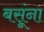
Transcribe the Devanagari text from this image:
बसूंना